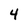
Character: 4